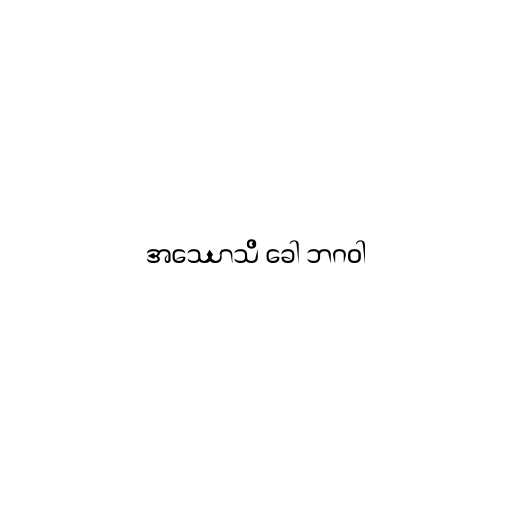
အဿောသိ ခေါ ဘဂဝါ